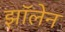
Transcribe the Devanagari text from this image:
झॉलेन